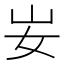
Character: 𡚴